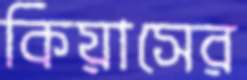
কিয়াসের